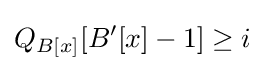
Q_{B[x]}[B'[x]-1]\geq i